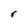
Character: r